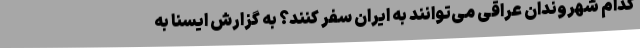
کدام شهروندان عراقی می‌توانند به ایران سفر کنند؟ به گزارش ایسنا به